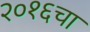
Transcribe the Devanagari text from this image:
२०१६चा